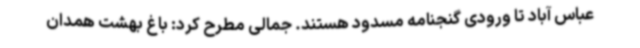
عباس آباد تا ورودی گنجنامه مسدود هستند. جمالی مطرح کرد: باغ بهشت همدان